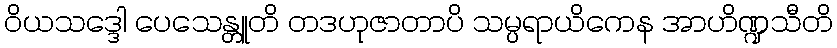
ဝိယသဒ္ဒေါ ပေသေန္တူတိ တဒဟုဇာတာပိ သမ္ပရာယိကေန အာဟိဏ္ဍသီတိ